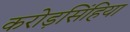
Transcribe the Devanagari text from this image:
करोड़सिंहिया